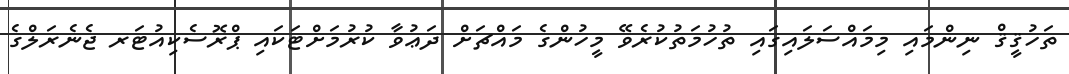
ތަހުޤީޤް ނިންމައި މިމައްސަލައިގައި ތުހުމަތުކުރެވޭ މީހުންގެ މައްޗަށް ދަޢުވާ ކުރުމަށްޓަކައި ޕްރޮސެކިއުޓަރ ޖެނެރަލްގެ